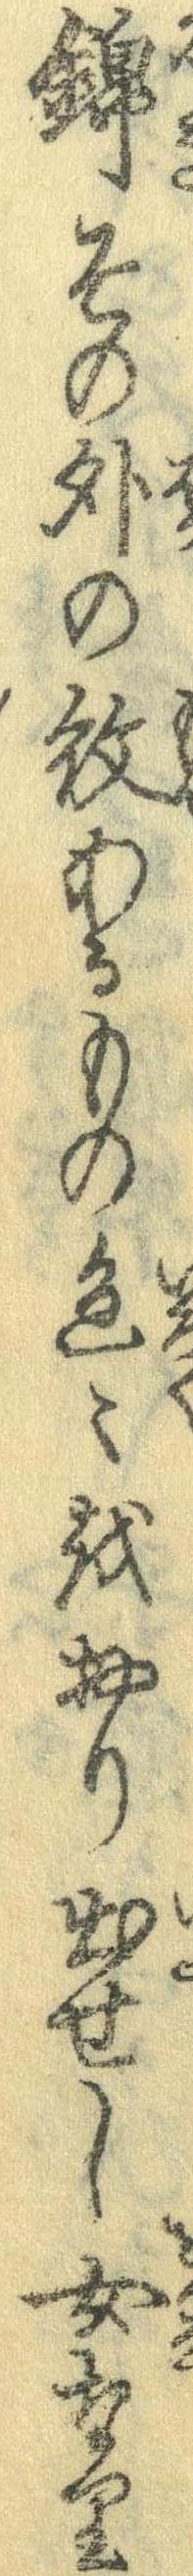
錦その外の絞あるもの色々をおり出せし女なり